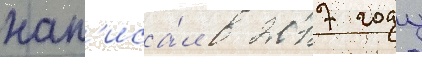
нап'иса́л в 2017 году